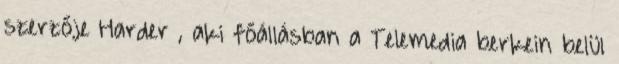
szerzője Harder , aki főállásban a Telemedia berkein belül